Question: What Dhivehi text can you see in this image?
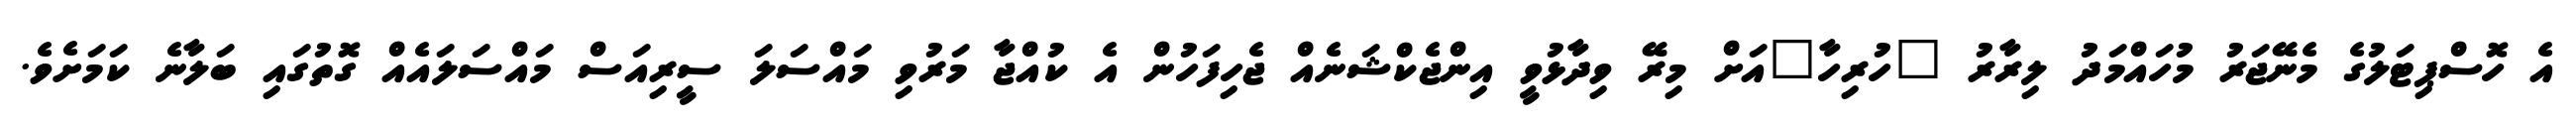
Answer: އެ ހޮސްޕިޓަލުގެ މެނޭޖަރު މުހައްމަދު ލިރާރު "ހުރިހާ"އަށް މިރޭ ވިދާޅުވީ އިންޖެކްޝަނެއް ޖެހިފަހުން އެ ކުއްޖާ މަރުވި މައްސަލަ ސީރިއަސް މައްސަލައެއް ގޮތުގައި ބަލާނެ ކަމަށެވެ.